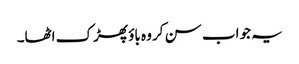
یہ جواب سن کر وہ باؤ پھڑک اٹھا۔